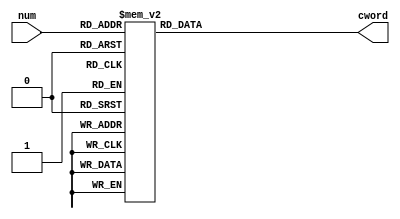
`timescale 1ns / 1ps

module num2digital(
    //input pclk,
    input [3:0]num,
    output reg [6:0]cword//=7'b1001111
    );
    always@(*)
        begin
            case(num)
                0:cword <= 7'b1111110;
                1:cword <= 7'b0110000;
                2:cword <= 7'b1101101;
                3:cword <= 7'b1111001;
                4:cword <= 7'b0110011;
                5:cword <= 7'b1011011;
                6:cword <= 7'b1011111;
                7:cword <= 7'b1110000;
                8:cword <= 7'b1111111;
                9:cword <= 7'b1111011;
                default:cword <= 7'b1000111;        
            endcase
        end
        
endmodule